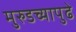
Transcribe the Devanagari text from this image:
मुरुडच्यापुढे